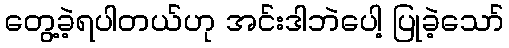
တွေ့ခဲ့ရပါတယ်ဟု အင်းဒါဘဲပေါ့ ပြုခဲ့သော်